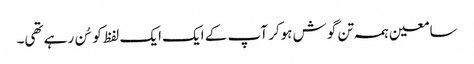
سامعین ہمہ تن گوش ہوکر آپ کے ایک ایک لفظ کو سُن رہے تھی۔